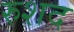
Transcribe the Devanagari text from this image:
रुशद